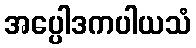
အပ္ပေါဒကပါယသံ